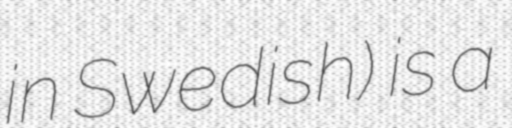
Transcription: in Swedish) is a